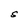
Character: S